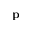
\mathbf { p }